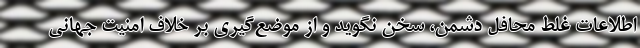
اطلاعات غلط محافل دشمن، سخن نگوید و از موضع‌گیری بر خلاف امنیت جهانی